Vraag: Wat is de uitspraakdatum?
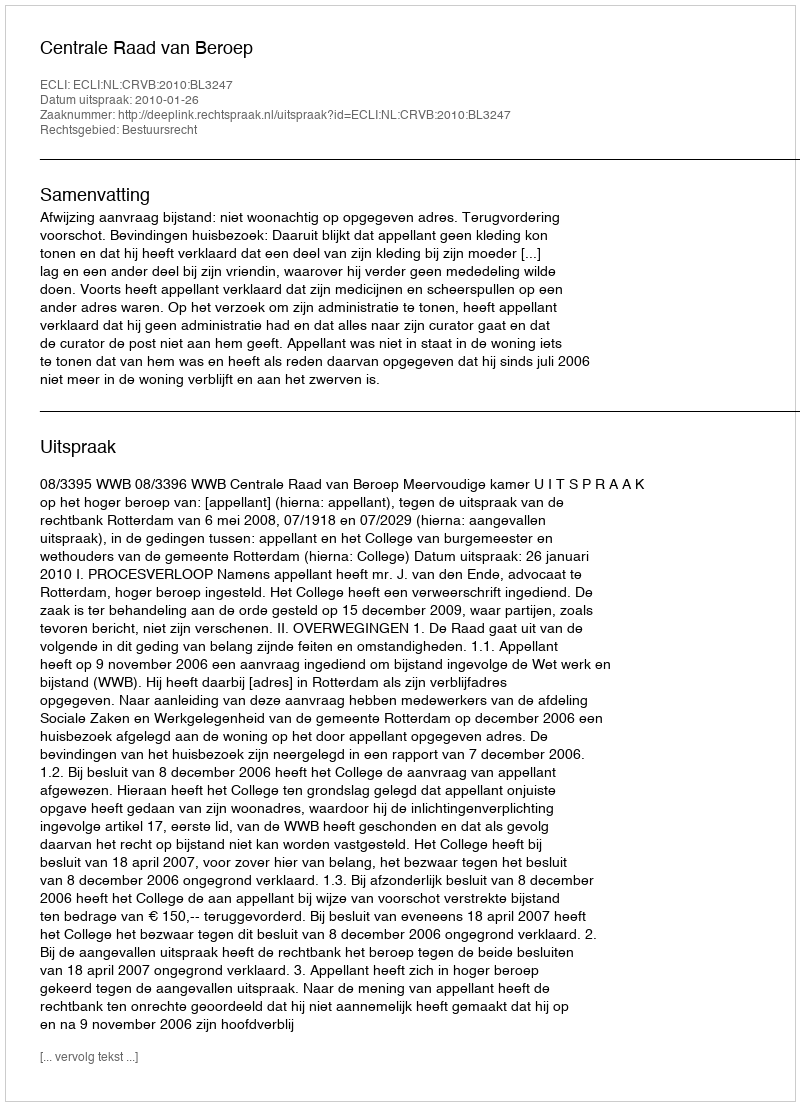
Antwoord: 2010-01-26